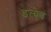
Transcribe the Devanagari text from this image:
इत्येवं